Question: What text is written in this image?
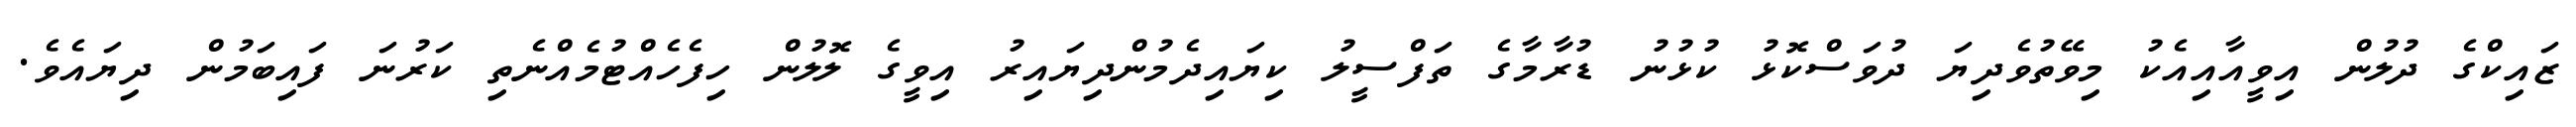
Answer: ޒައިކްގެ ދުލުން އިވީއާއިއެކު މިވޭތުވެދިޔަ ދުވަސްކޮޅު ކުޅުނު ޑުރާމާގެ ތަފްސީލު ކިޔައިދެމުންދިޔައިރު އިވީގެ ލޮލުން ހިފެހެއްޓުމެއްނެތި ކަރުނަ ފައިބަމުން ދިޔައެވެ.